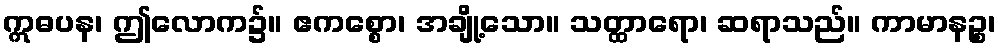
ဣဓပန၊ ဤလောက၌။ ဧကစ္စော၊ အချို့သော။ သတ္ထာရော၊ ဆရာသည်။ ကာမာနဉ္စ၊